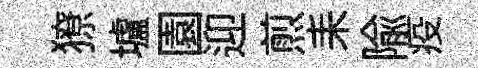
獠壚園迎煎耒隃疫